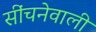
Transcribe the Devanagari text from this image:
सींचनेवाली